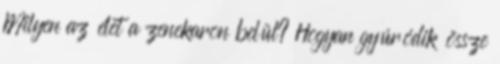
Milyen az élet a zenekaron belül? Hogyan gyúródik össze